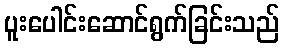
ပူးပေါင်းဆောင်ရွက်ခြင်းသည်